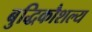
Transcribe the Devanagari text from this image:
बुद्धिकौशल्य